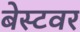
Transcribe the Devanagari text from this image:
बेस्टवर